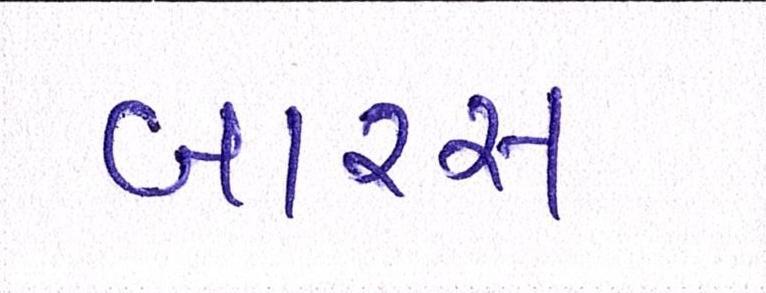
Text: બારસ